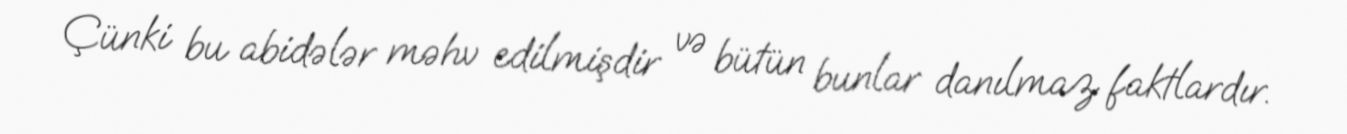
Çünki bu abidələr məhv edilmişdir və bütün bunlar danılmaz faktlardır.